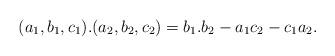
LaTeX: \begin{align*}(a_1,b_1,c_1).(a_2,b_2,c_2) = b_1.b_2 - a_1c_2 - c_1a_2.\end{align*}